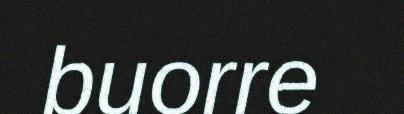
buorre